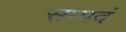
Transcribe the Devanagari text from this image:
सम्पदं